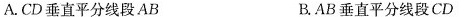
A.CD垂直平分线段AB B.AB垂直平分线段CD